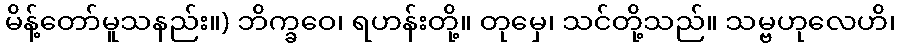
မိန့်တော်မူသနည်း။) ဘိက္ခဝေ၊ ရဟန်းတို့။ တုမှေ၊ သင်တို့သည်။ သမ္ဗဟုလေဟိ၊